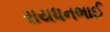
રાયધનભાઈ